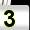
Digit: 3